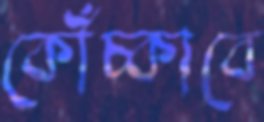
কোঁচ্‌কাবে